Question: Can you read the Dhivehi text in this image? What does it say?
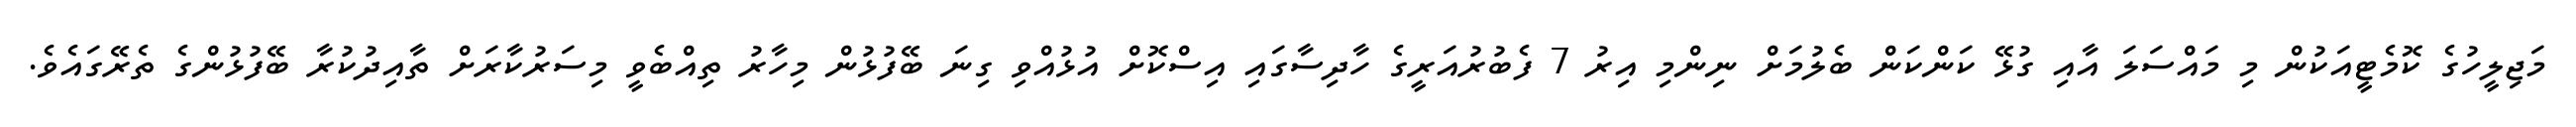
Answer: މަޖިލީހުގެ ކޮމެޓީއަކުން މި މައްސަލަ އާއި ގުޅޭ ކަންކަން ބެލުމަށް ނިންމި އިރު 7 ފެބުރުއަރީގެ ހާދިސާގައި އިސްކޮށް އުޅުއްވި ގިނަ ބޭފުޅުން މިހާރު ތިއްބެވީ މިސަރުކާރަށް ތާއިދުކުރާ ބޭފުޅުންގެ ތެރޭގައެވެ.